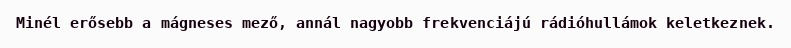
Minél erősebb a mágneses mező, annál nagyobb frekvenciájú rádióhullámok keletkeznek.